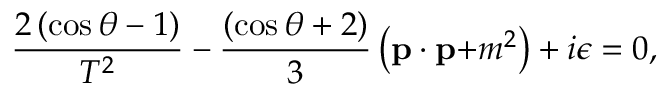
\frac { 2 \left( \cos \theta - 1 \right) } { T ^ { 2 } } - \frac { \left( \cos \theta + 2 \right) } 3 \left( \mathbf { p \cdot p + } m ^ { 2 } \right) + i \epsilon = 0 ,